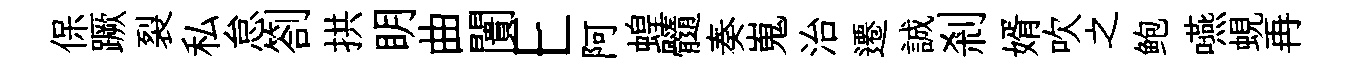
保蹶裂私怠劄拱眀曲闠E阿蝗髓奏嵬治遷誠剎婿吹之鲍嚥蜆再